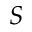
{ \cal S }